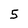
Character: 5